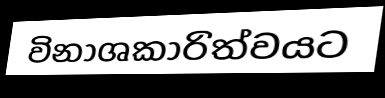
විනාශකාරිත්වයට